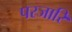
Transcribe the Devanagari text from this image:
परजारि